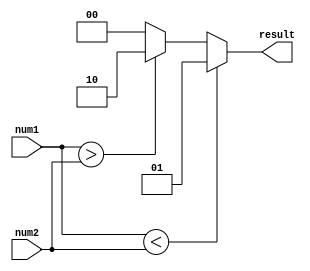
module inequality_comparator (
    input [7:0] num1,
    input [7:0] num2,
    output reg [1:0] result
);

always @* begin
    if (num1 < num2) begin
        result = 2'b01; // less than
    end
    else if (num1 > num2) begin
        result = 2'b10; // greater than
    end
    else begin
        result = 2'b00; // equal
    end
end

endmodule